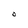
Character: O